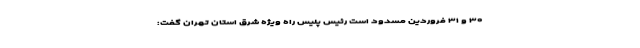
۳۰ و ۳۱ فروردین مسدود است رئیس پلیس راه ویژه شرق استان تهران گفت: